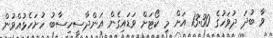
ވާ ބުދަ ދުވަހުގެ 13:30 އަށް މި ކޯޓަށް ވަޑައިގެން އަންދާސީހިސާބު ހުށަހެޅުއްވުން